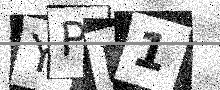
Text: YPN1